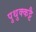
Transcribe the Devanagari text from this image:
पुथुक्कट्टै